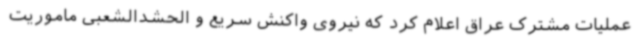
عملیات مشترک عراق اعلام کرد که نیروی واکنش سریع و الحشدالشعبی ماموریت